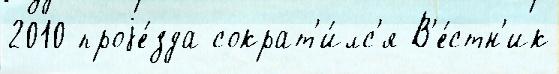
2010 проjе́зда сократ'и́лс'я В'е́стн'ик